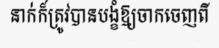
នាក់ក៏ត្រូវបានបង្ខំឱ្យចាកចេញពី